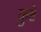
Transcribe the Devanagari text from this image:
कुष्टे